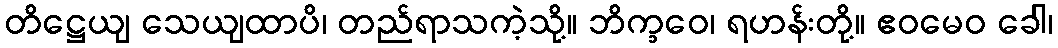
တိဋ္ဌေယျ သေယျထာပိ၊ တည်ရာသကဲ့သို့။ ဘိက္ခဝေ၊ ရဟန်းတို့။ ဧဝမေဝ ခေါ၊